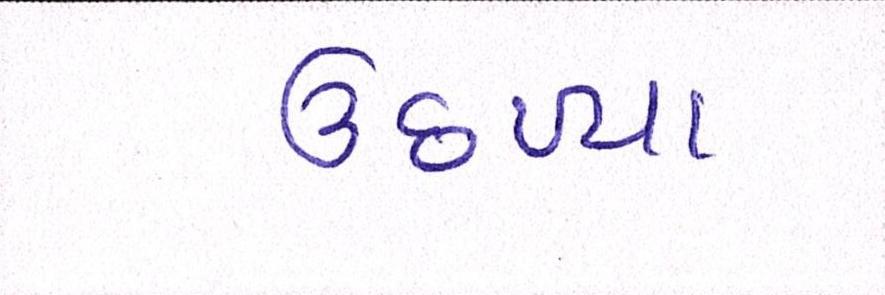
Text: ઉછળ્યા